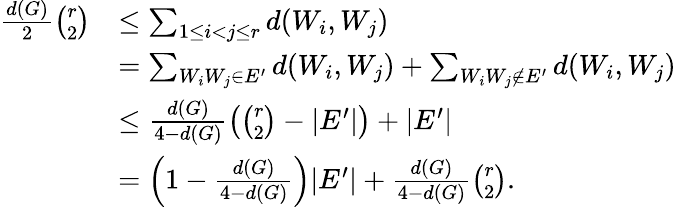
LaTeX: \begin{array}{rl}{\frac{d(G)}{2}\binom{r}{2}}&{\le\sum_{1\le i<j\le r}d(W_{i},W_{j})}\\ &{=\sum_{W_{i}W_{j}\in E^{\prime}}d(W_{i},W_{j})+\sum_{W_{i}W_{j}\notin E^{\prime}}d(W_{i},W_{j})}\\ &{\le\frac{d(G)}{4-d(G)}\left(\binom{r}{2}-|E^{\prime}|\right)+|E^{\prime}|}\\ &{=\left(1-\frac{d(G)}{4-d(G)}\right)|E^{\prime}|+\frac{d(G)}{4-d(G)}\binom{r}{2}.}\end{array}